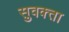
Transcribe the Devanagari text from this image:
सुवक्‍ता